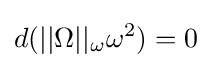
d(||\Omega ||_{\omega }\omega ^{2})=0